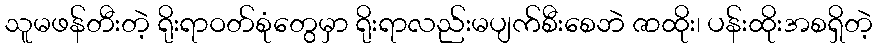
သူမဖန်တီးတဲ့ ရိုးရာဝတ်စုံတွေမှာ ရိုးရာလည်းမပျက်စီးစေဘဲ ဇာထိုး၊ ပန်းထိုးအစရှိတဲ့